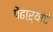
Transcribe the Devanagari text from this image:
पेंढाऱ्यांचे